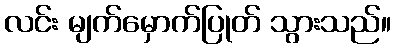
လင်း မျက်မှောက်ပြုတ် သွားသည်။